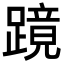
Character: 𬧎